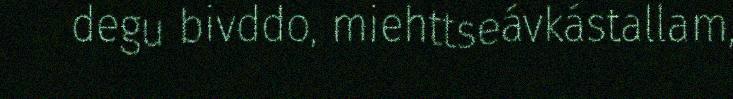
degu bivddo, miehttseávkástallam,